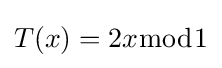
T(x)=2x{\bmod {1}}